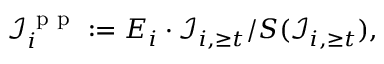
\mathcal { I } _ { i } ^ { \mathrm { ~ p ~ p ~ } } : = E _ { i } \cdot \mathcal { I } _ { i , \geq t } / S ( \mathcal { I } _ { i , \geq t } ) ,